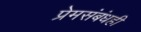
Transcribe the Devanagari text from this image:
प्रेमसंबंधही